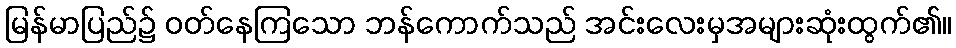
မြန်မာပြည်၌ ဝတ်နေကြသော ဘန်ကောက်သည် အင်းလေးမှအများဆုံးထွက်၏။